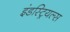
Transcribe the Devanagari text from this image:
इंडस्ट्रियल्स